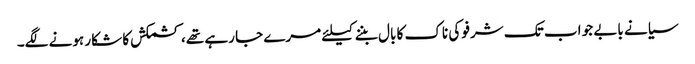
سیانے بابے جو اب تک شرفو کی ناک کا بال بننے کیلئے مرے جا رہے تھے، کشمکش کا شکار ہونے لگے۔